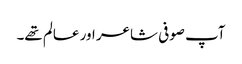
آپ صوفی شاعر اور عالم تھے۔